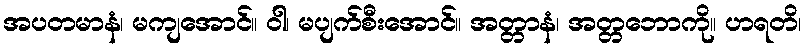
အပတမာနံ၊ မကျအောင်။ ဝါ၊ မပျက်စီးအောင်။ အတ္တာနံ၊ အတ္တဘောကို။ ဟရတိ၊